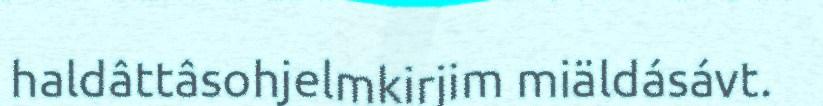
haldâttâsohjelmkirjim miäldásávt.